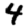
Digit: 4